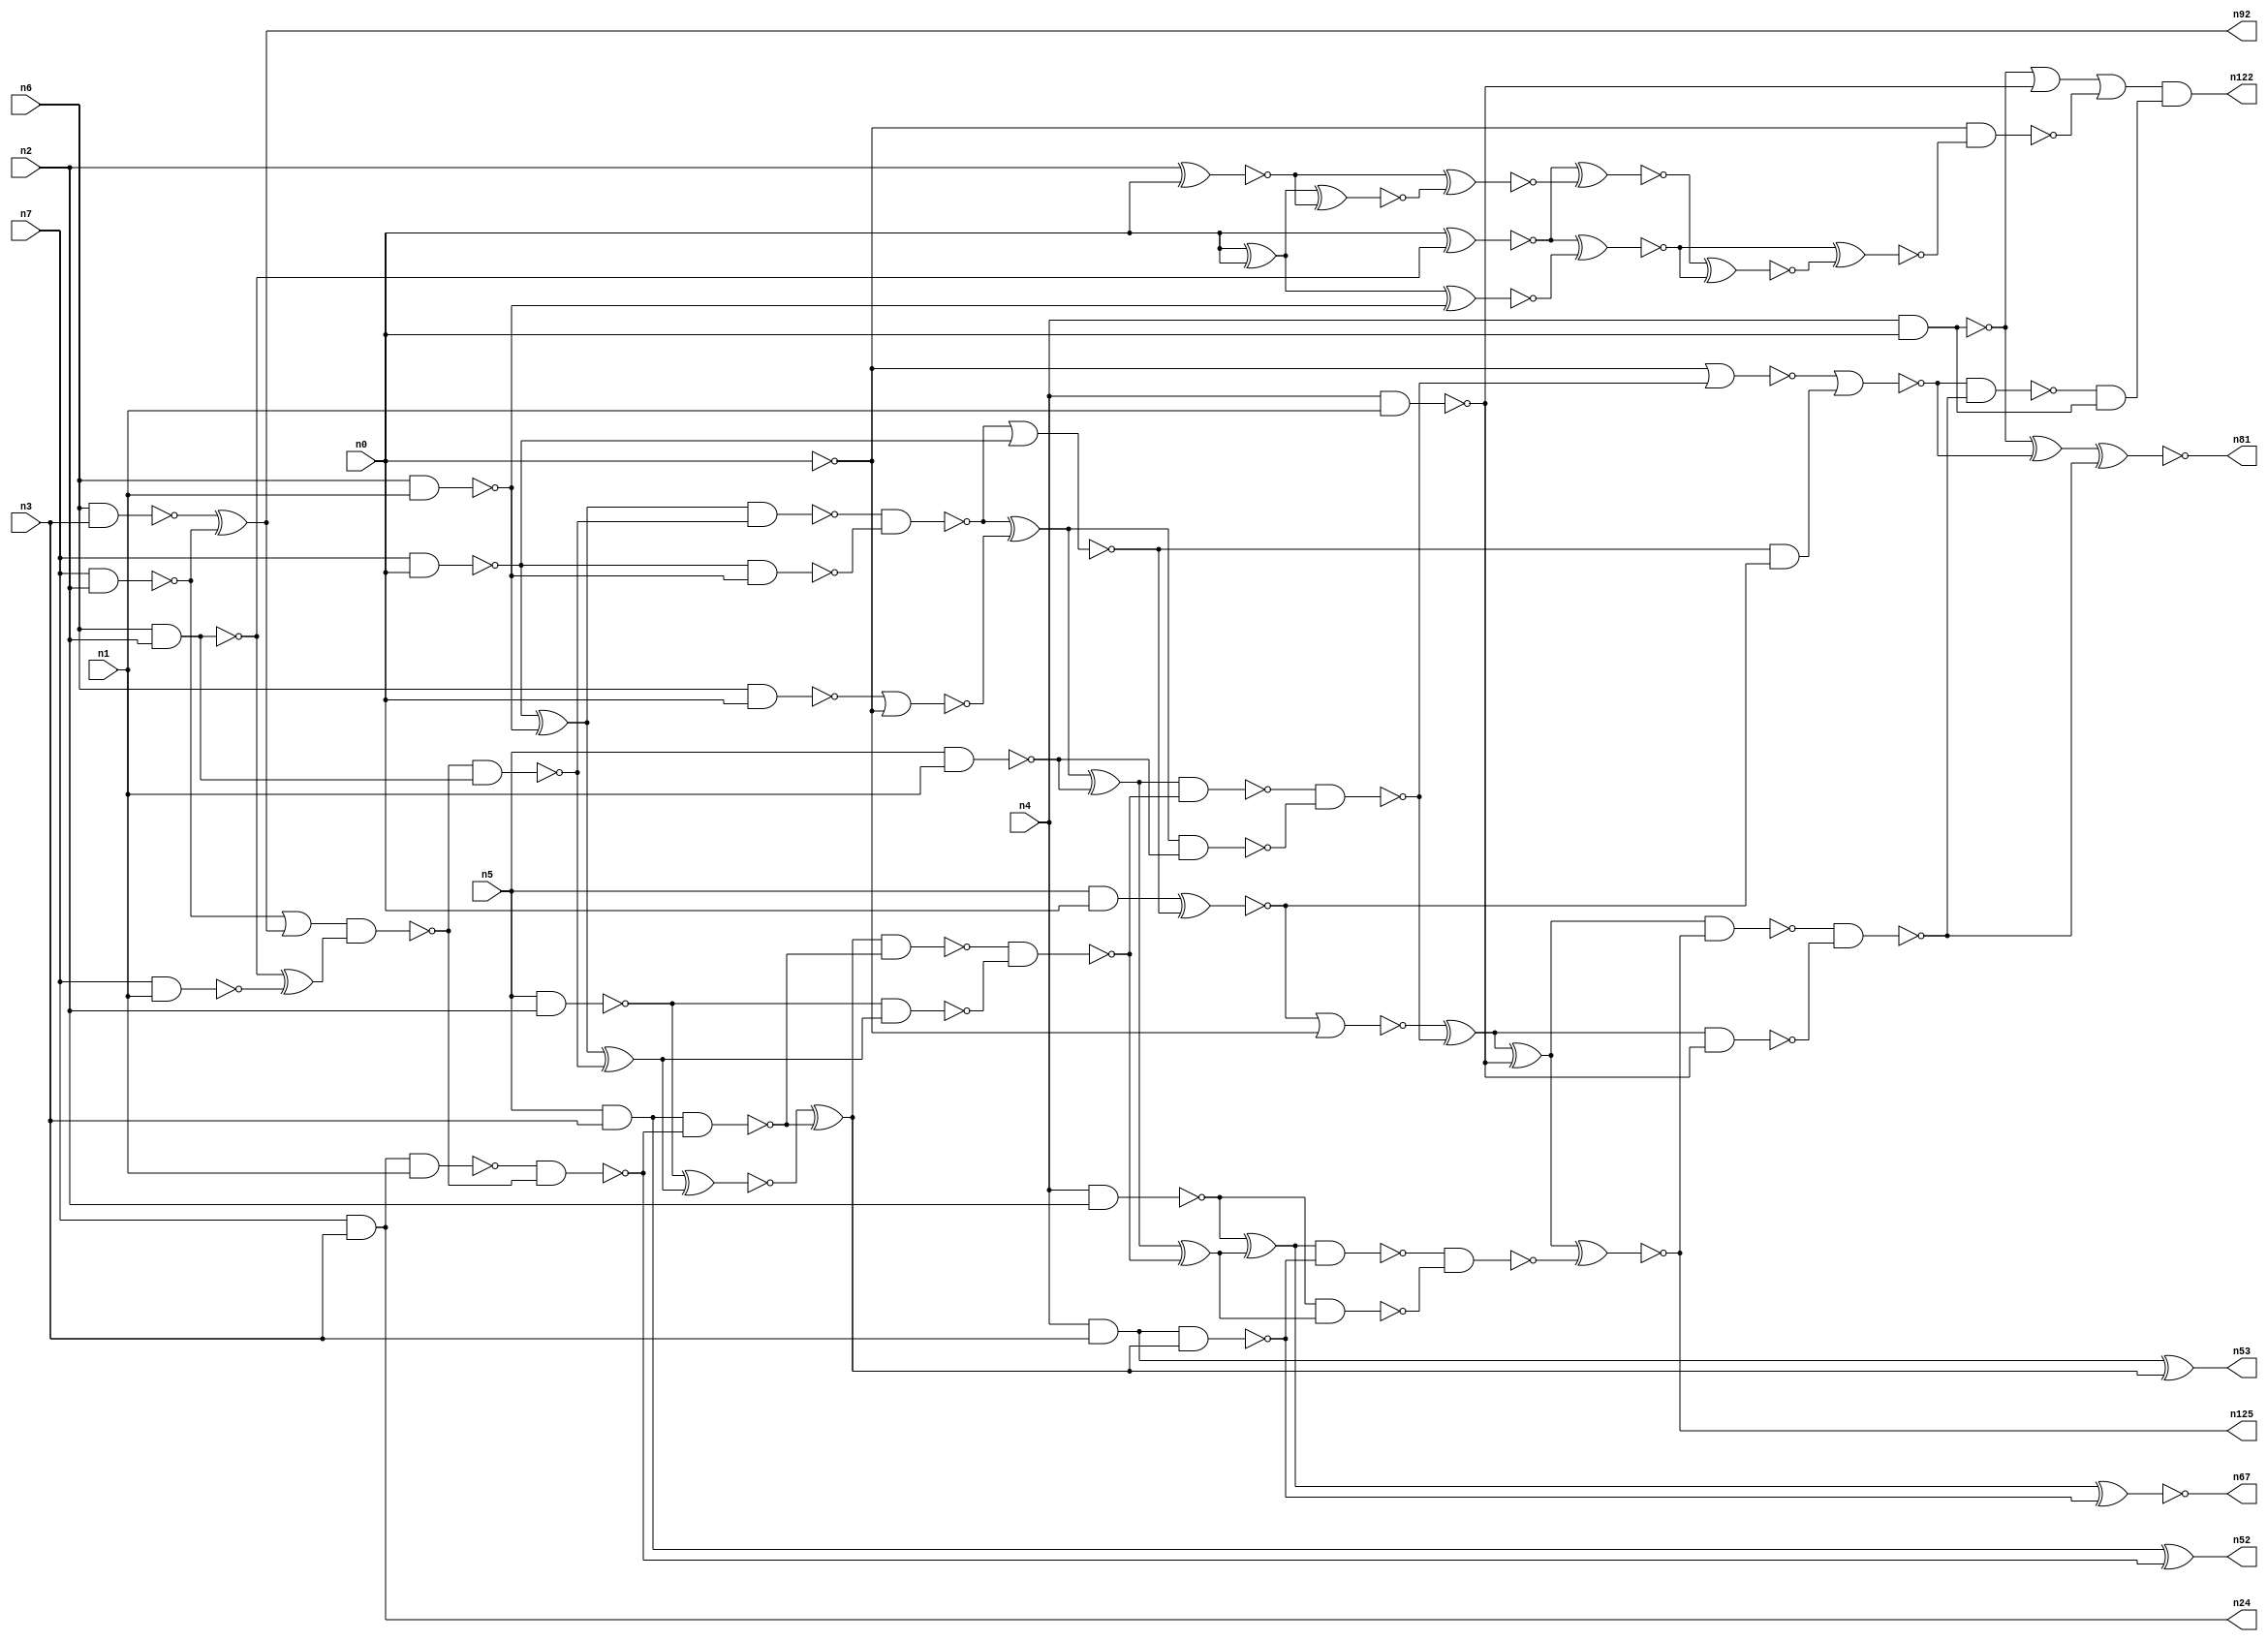
// This program was cloned from: https://github.com/umar-afzaal/ReCkt
// License: MIT License

// This file contains a pareto-optimal circuit with respect to power and the fault-resilince parameter p_fault which is defined as:
// "For all input vectors, the ratio of the no. of faults observable at the POs to the no. of total possible faults in the circuit".
// This code is part of the ReCkt library (https://github.com/umar-afzaal/ReCkt) distributed under The MIT License.
// When used, please cite the following article(s):
// U. Afzaal, A.S. Hassan, M. Usman and J.A. Lee, "On the Evolutionary Synthesis of Increased Fault-resilience Arithmetic Circuits".

// p_fault = 77.4 %    (Lower is better)
// gates = 89.0
// levels = 20
// area = 117.19    (For MCNC library relative to nand2)
// power = 655.2 uW    (Berkely-SIS for MCNC library @ Vdd=5V and 20 MHz clock)
// delay = 29.9 ns    (Berkely-ABC for MCNC library)
// PDP = 1.95905e-11 J

// Pin mapping:
// {n0, n1, n2, n3} = A[3:0]
// {n4, n5, n6, n7} = B[3:0]
// {n122, n81, n125, n67, n53, n52, n92, n24} = O[7:0]

module mult4u_power_23 (
n0, n1, n2, n3, n4, n5, n6, n7, 
n122, n81, n125, n67, n53, n52, n92, n24
);

input n0, n1, n2, n3, n4, n5, n6, n7;
output n122, n81, n125, n67, n53, n52, n92, n24;
wire n95, n16, n73, n77, n26, n41, n40, n38, n78, n76, n46, n50, n51, n83, n15, n66, n36, n35, n18, n13, 
n32, n21, n64, n57, n65, n33, n10, n17, n70, n96, n116, n61, n19, n58, n68, n74, n44, n20, n62, n60, 
n28, n91, n59, n80, n82, n27, n79, n69, n104, n45, n71, n25, n14, n75, n43, n8, n86, n39, n34, n37, 
n31, n112, n42, n56, n54, n12, n63, n30, n22, n85, n11, n49, n29, n9, n72, n47, n55, n23, n87, n48, 
n84;

nand (n8, n4, n3);
and (n9, n5, n0);
nand (n10, n6, n1);
nand (n11, n5, n1);
nand (n12, n0, n0);
nand (n13, n6, n2);
nand (n14, n4, n1);
nand (n15, n7, n0);
nand (n16, n7, n1);
nand (n17, n7, n2);
nand (n18, n6, n3);
and (n19, n5, n3);
nand (n20, n6, n0);
nand (n21, n5, n2);
nand (n22, n4, n2);
nand (n23, n4, n0);
and (n24, n7, n3);
xor (n25, n15, n10);
xor (n26, n18, n17);
nand (n27, n15, n10);
nor (n28, n20, n12);
and (n29, n13, n13);
xor (n30, n13, n16);
or (n31, n17, n26);
nand (n32, n8, n8);
xnor (n33, n0, n29);
nand (n34, n24, n1);
nand (n35, n13, n29);
xor (n36, n0, n0);
nand (n37, n31, n30);
nand (n38, n37, n35);
nand (n39, n34, n37);
nand (n40, n19, n39);
xor (n41, n25, n38);
nand (n42, n25, n38);
xnor (n43, n19, n39);
nand (n44, n21, n41);
and (n45, n40, n40);
nand (n46, n42, n27);
xnor (n47, n21, n41);
xor (n48, n47, n45);
nand (n49, n48, n40);
nor (n50, n46, n15);
xor (n51, n46, n28);
nand (n52, n43, n43);
xor (n53, n32, n48);
xnor (n54, n9, n50);
xor (n55, n51, n11);
nand (n56, n32, n48);
and (n57, n50, n54);
nand (n58, n51, n11);
nand (n59, n49, n44);
nor (n60, n54, n12);
xor (n61, n55, n59);
nand (n62, n55, n59);
nand (n63, n22, n61);
nand (n64, n0, n0);
nand (n65, n62, n58);
xor (n66, n22, n61);
xnor (n67, n66, n56);
xor (n68, n60, n65);
nand (n69, n66, n56);
nor (n70, n64, n65);
xor (n71, n68, n14);
nor (n72, n70, n57);
nand (n73, n68, n14);
nand (n74, n69, n63);
xnor (n75, n71, n74);
xor (n76, n23, n72);
nand (n77, n23, n23);
nand (n78, n71, n75);
nand (n79, n78, n73);
nand (n80, n72, n79);
xnor (n81, n76, n79);
and (n82, n80, n77);
xnor (n83, n2, n0);
xnor (n84, n36, n83);
xnor (n85, n83, n84);
xnor (n86, n33, n85);
xnor (n87, n36, n10);
xnor (n91, n33, n87);
and (n92, n26, n26);
xnor (n95, n86, n91);
xnor (n96, n91, n95);
or (n104, n23, n14);
nand (n112, n12, n96);
or (n116, n104, n112);
and (n122, n116, n82);
and (n125, n75, n75);

endmodule